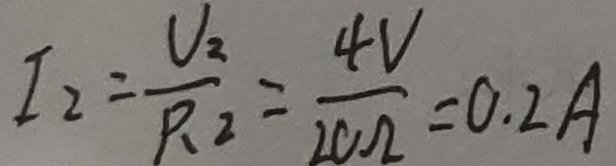
I _ { 2 } = \frac { U _ { 2 } } { P _ { 2 } } = \frac { 4 V } { 2 0 \Omega } = 0 . 2 A